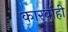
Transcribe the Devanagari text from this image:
कारर्वाही